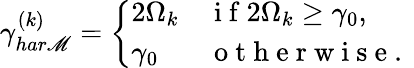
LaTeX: \gamma_{har\mathscr{M}}^{(k)}=\left\{ \begin{array}{ll}{2\Omega_{k}}&{\mathrm{~i~f~}2\Omega_{k}\geq\gamma_{0},}\\ {\gamma_{0}}&{\mathrm{~o~t~h~e~r~w~i~s~e~.~}}\end{array}\right.